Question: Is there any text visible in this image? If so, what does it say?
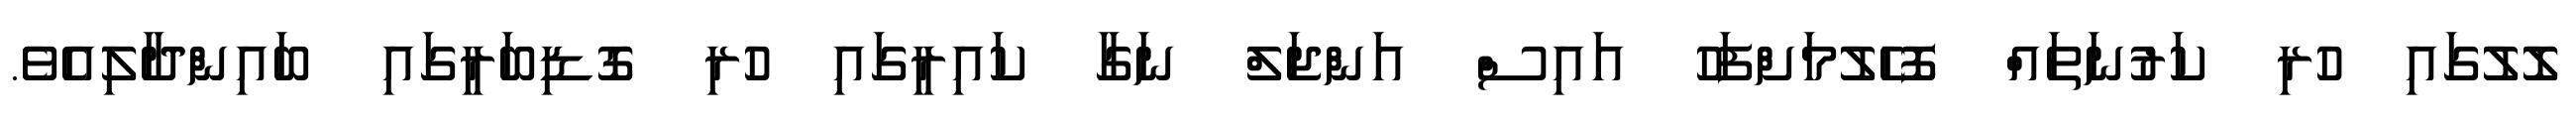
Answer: ލޮލުގައި ހުރި ކަރުނަތައް ފޮހެލުމަށްފަހު އައިސް އަންޖަލް ނަގާ ކައިރީގައި ހުރި ގޮޑިބަރީގައި ބައިންދާލިއެވެ.